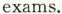
exams.